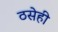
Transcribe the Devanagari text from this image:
ठसेही